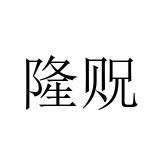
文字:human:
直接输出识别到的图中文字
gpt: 隆贶